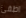
اطفئ